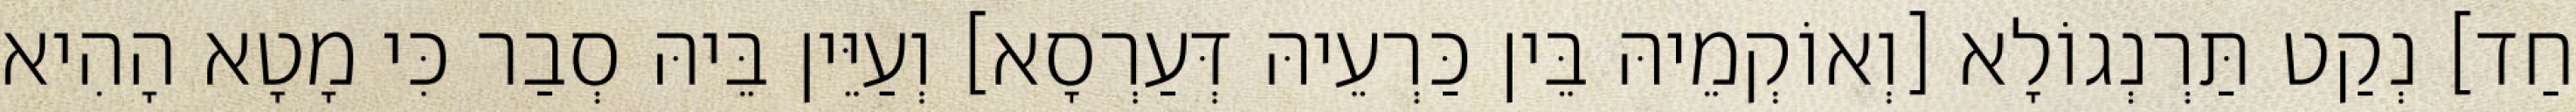
חַד] נְקַט תַּרְנְגוֹלָא [וְאוֹקְמֵיהּ בֵּין כַּרְעֵיהּ דְּעַרְסָא] וְעַיֵּין בֵּיהּ סְבַר כִּי מָטָא הָהִיא